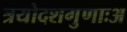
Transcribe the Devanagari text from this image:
त्रयोदशगुणाःअ